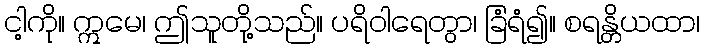
ငါ့ကို။ ဣမေ၊ ဤသူတို့သည်။ ပရိဝါရေတွာ၊ ခြံရံ၍။ စရန္တိယထာ၊